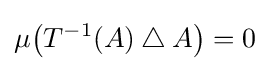
\mu {\mathord {\left(T^{-1}(A)\bigtriangleup A\right)}}=0